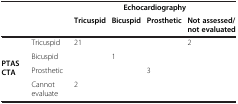
<table><thead><tr><td><b> </b></td><td><b> </b></td><td colspan="4"><b>Echocardiography</b></td></tr><tr><td><b> </b></td><td><b> </b></td><td><b>Tricuspid</b></td><td><b>Bicuspid</b></td><td><b>Prosthetic</b></td><td><b>Not assessed/ not evaluated</b></td></tr></thead><tbody><tr><td rowspan="4"><b>PTAS CTA</b></td><td>Tricuspid</td><td>21</td><td> </td><td> </td><td>2</td></tr><tr><td>Bicuspid</td><td> </td><td>1</td><td> </td><td> </td></tr><tr><td>Prosthetic</td><td> </td><td> </td><td>3</td><td> </td></tr><tr><td>Cannot evaluate</td><td>2</td><td> </td><td> </td><td> </td></tr></tbody></table>